Vaccination in Bombay 1874-1876 - 1874-1876
Year: 1874
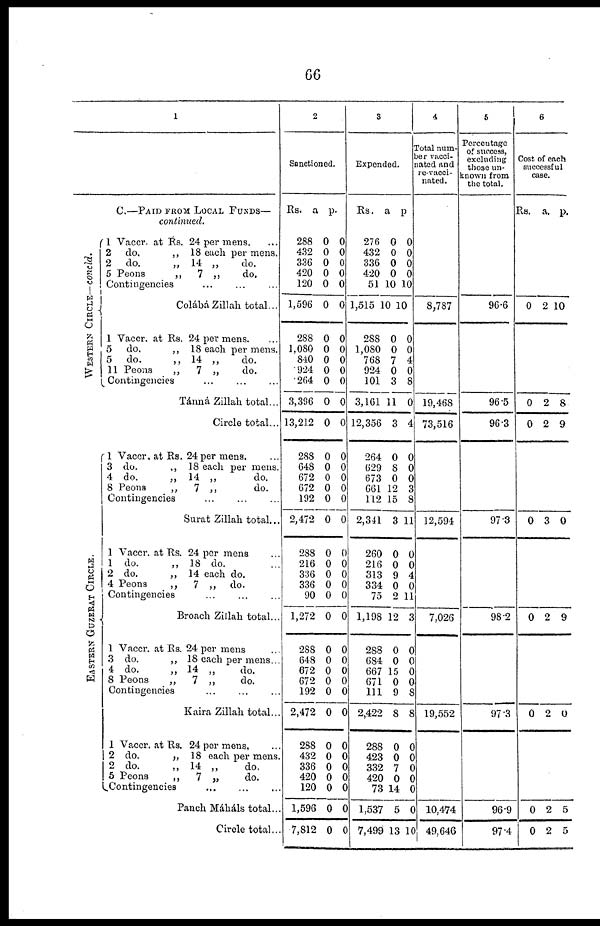
66
1
C .
— P A I
D F R O M L O C A L F U N D S —
continued.
WESTERN CIRCLE—concld.
1 Vaccr. at Rs. 24 per mens. ...
2 do.
„ 18 each per mens.
2 do.
„ 14 „
do.
5 Peons
„
7 „
do.
Contingencies ... ... ...
Colábá Zillah total...
1 Vaccr. at Rs. 24 per mens. ...
5
do.
„ 18 each per mens.
5 do.
„ 14 „
do.
11 Peons
„
7 „
do.
Contingencies ... ... ...
Tánná Zillah total...
Circle total...
EASTERN GUZERAT CIRCLE.
1 Vaccr, at Rs. 24 per mens. ...
3 do.
„ 18 each per mens.
4 do.
„ 14 „
do.
8 Peons
„
7 „
do.
Contingencies ... ... ...
Surat Zillah total...
1 Vaccr. at Rs. 24 per mens ...
1 do.
„ 18 do. ...
2 do.
„ 14 each do.
4 Peons
„
7 „
do.
Contingencies ... ... ...
Broach Zillah total...
1 Vaccr. at Rs. 24 per mens
3 do.
„ 18 each per mens...
4 do.
„ 14 „
do.
8 Peons
„
7 „
do.
Contingencies ... ... ...
Kaira Zillah total...
1 Vaccr. at Rs. 24 per mens.
2 do.
„ 18 each per mens.
2 do.
„ 14 „
do.
5 Peons
„
7 „
do.
Contingencies
...
...
...
Panch Máháls total...
Circle total..
2
Sanctioned.
Rs.
288
432
336
420
120
1,596
288
1,080
840
924
264
3,396
13,212
288
648
672
672
192
2,472
288
216
336
336
90
1,272
288
648
672
672
192
2,472
288
432
336
420
120
1,596
7,812
a.
0
0
0
0
0
0
0
0
0
0
0
0
0
0
0
0
0
0
0
0
0 0
0
0
0
0
0
0
0
0
0
0
0
0
0
0
0
0
p.
0
0
0
0
0
0
0
0
0
0
0
0
0
0
0
0
0
0
0
0
0
0
0
0
0
0
0
0
0
0
0
0
0
0
0
0
0
0
3
Expended.
Rs.
276
432
336
420
51
1,515
288
1,080
768
924
101
3,161
12,356
264
629
673
661
112
2,341
260
216
313
334
75
1,198
288
684
667
671
111
2,422
288
423
332
420
73
1,537
7,499
a.
0
0
0
0
10
10
0
0
7
0
3
11
3
0
8
0
12
15
3
0
0
9
0
2
12
0
0
15
0
9
8
0
0
7
0
14
5
13
p.
0
0
0
0
10
10
0
0
4
0
8
0
4
0
0
0
3
8
11
0
0
4
0
11
3
0
0
0
0
8
8
0
0
0
0
0
0
10
4
Total num¬
ber vacci¬
nated and
re-vacci¬
nated.
8,787
19,468
73,516
12,594
7,026
19,552
10,474
49,646
5
Percentage
of success,
excluding
those un-
known from
the total.
96.6
96.5
96.3
97.3
98.2
97.3
96.9
97.4
6
Cost of each
successful
case.
Rs.
0
0
0
0
0
0
0
0
a.
2
2
2
3
2
2
2
2
p.
10
8
9
0
9
0
5
5